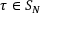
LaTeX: \tau \in S _ { N }